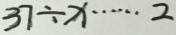
3 7 \div x \cdots 2